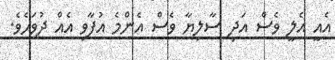
އެއީ އެލީ ވެސް އަދި ސާލިޔާ ވެސް އެންމެ އުފާވި އެއް ދުވަހެެވެ.